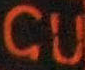
GU